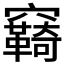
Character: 𮄤